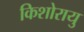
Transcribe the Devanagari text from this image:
किशोरायु